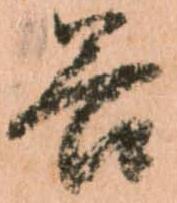
谷